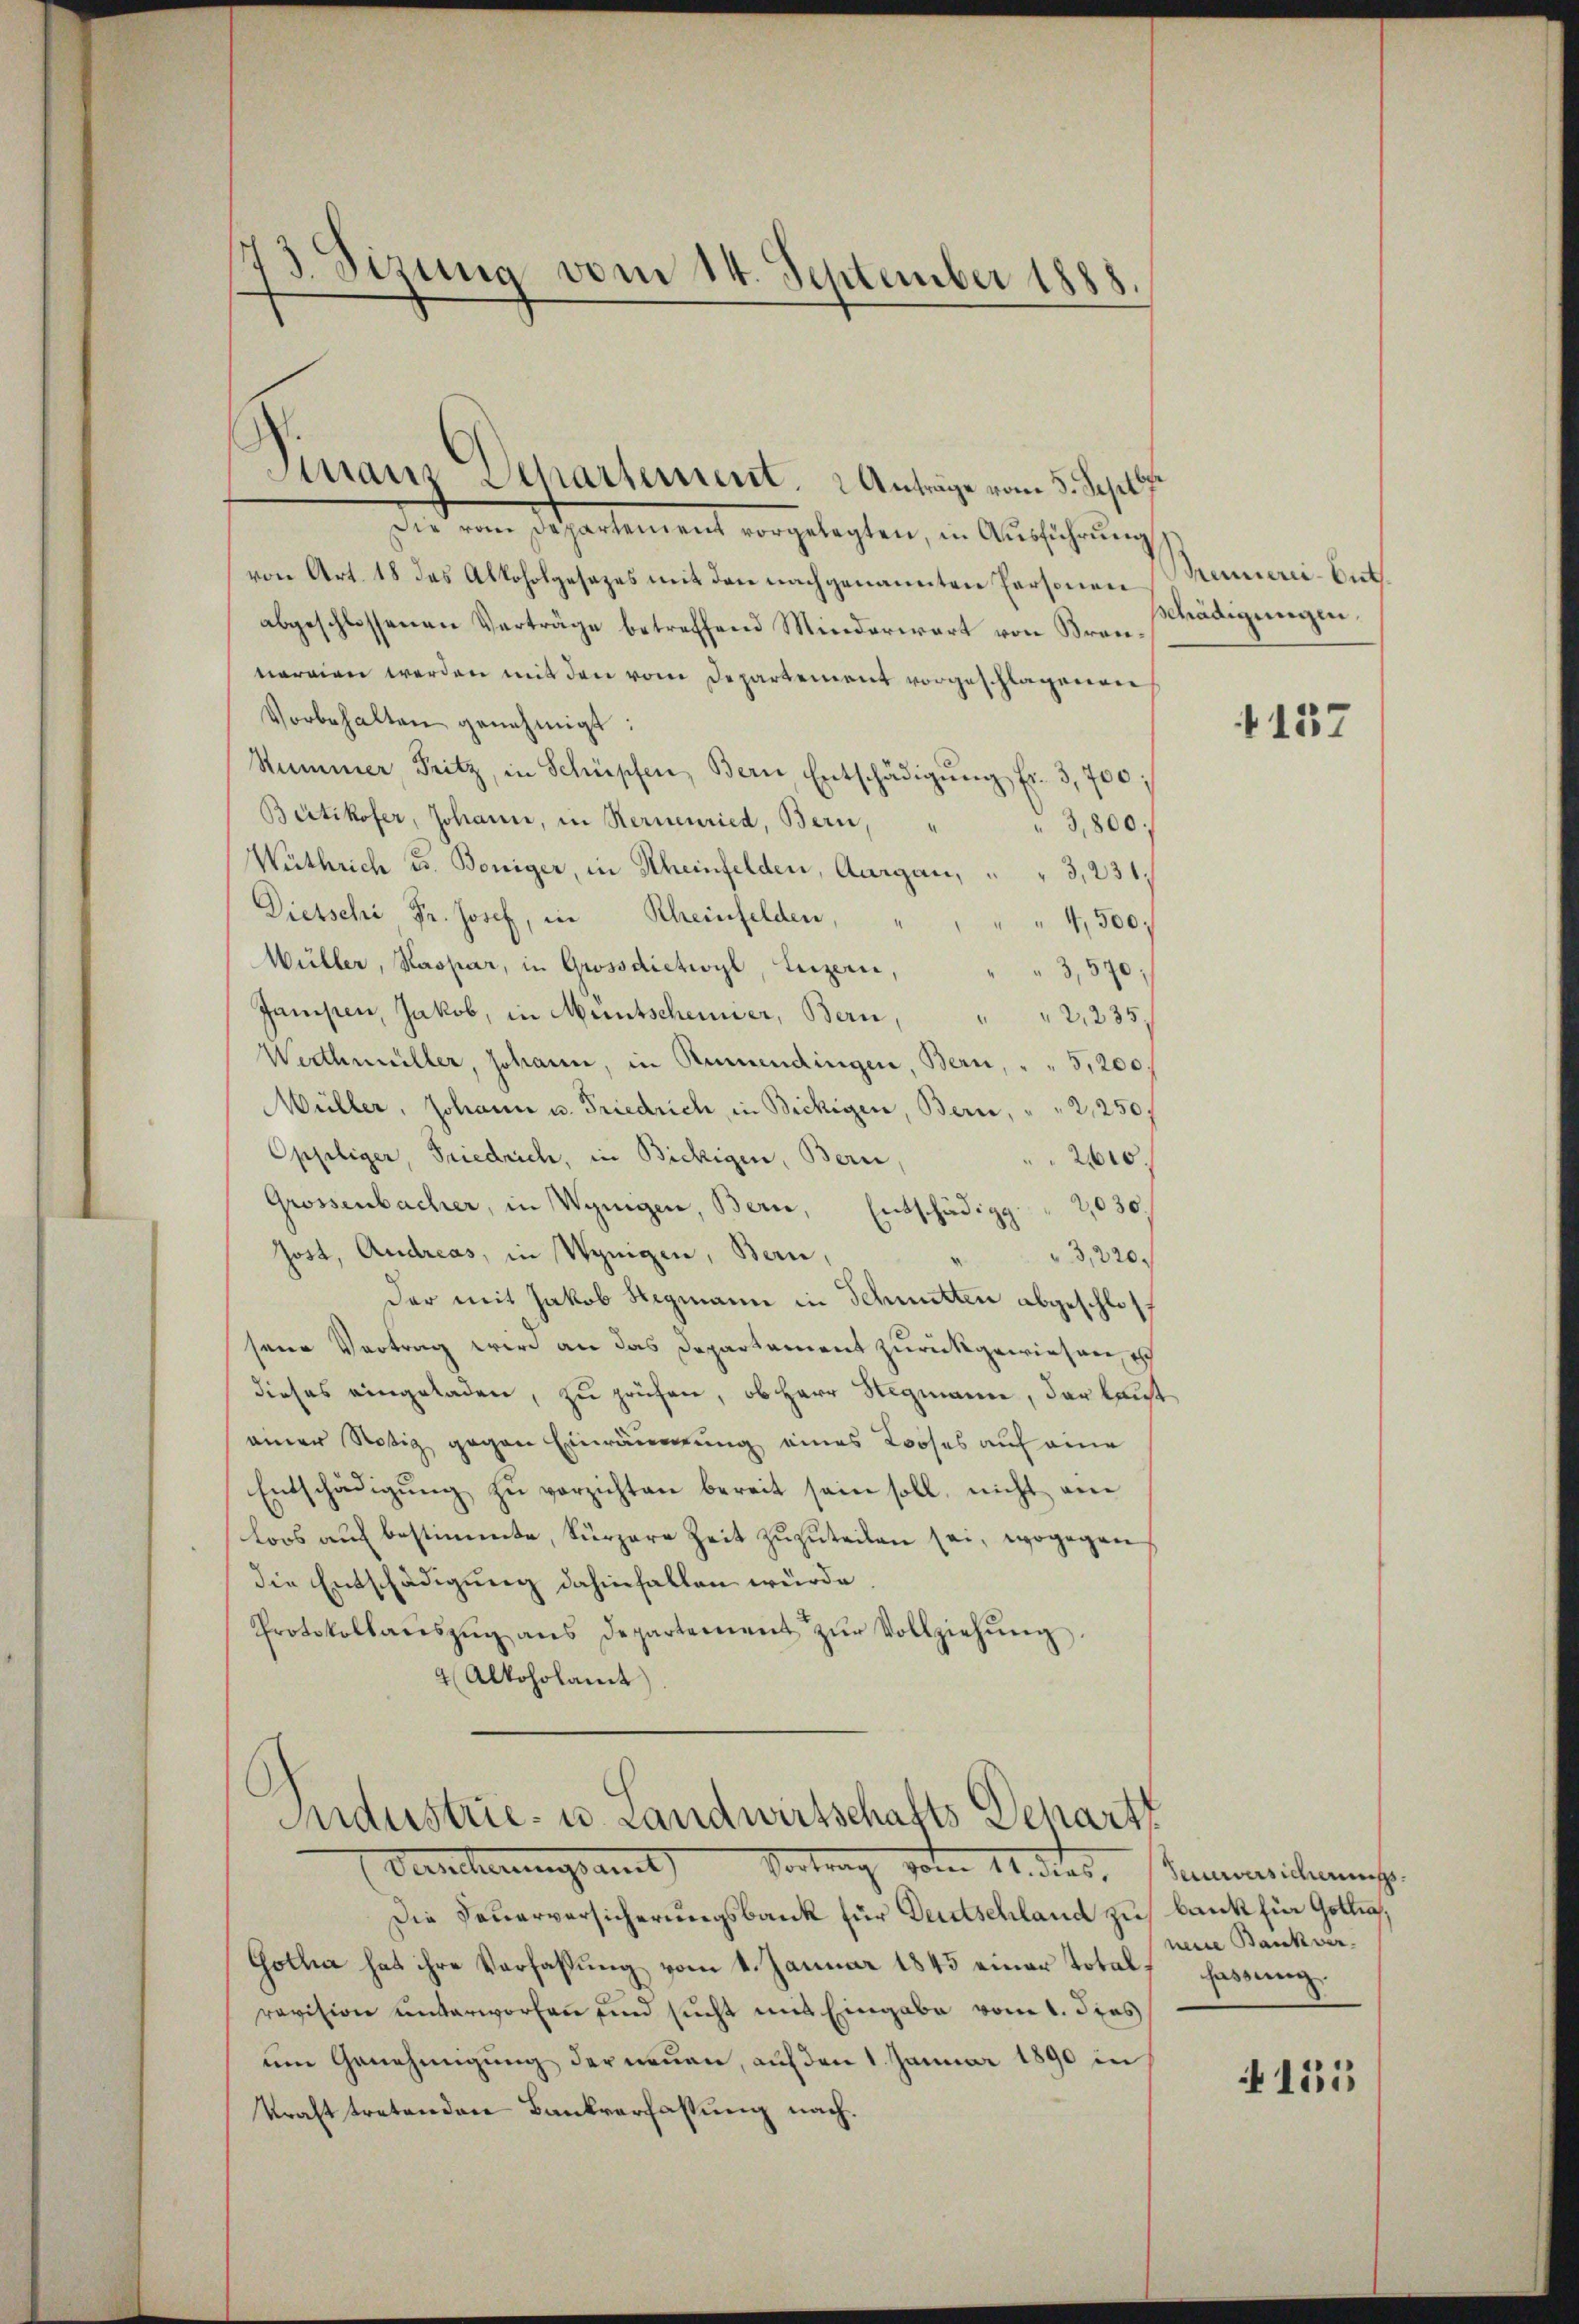
73. Sizung vom 14. September 1888

Finanz Separtement. 2 Anträge vom 5. Septb

Die vom Departement vorgelegten, in Ausführung
von Art. 18 das Alkoholgesezes mit den nachgenannten Personen
abgeschlossenen Verträge betreffend Minderwart von Brannarrien werden mit den vom Departement vorgeschlagenen
Vorbehalten genehmigt:
Summer, Fritz, in Schüpfen, Bern, Entschädigŭng fr. 3,700
Bütikofer, Johann, in Kerneuried, Bern,
3,800;
.
Wirthrich u. Böniger, in Scheinfelden, Aargau, " " 3, 231,
Dietschi Fr. Josef, in Rheinfelden,
" " 4,500.
Müller, Kaspar, in Grossdietwyl, Luzern, " " 3,570;
Jampen, Jakob, in Muntscheinier, Bern,
" " 2,235
Wertheiller, Johann, in Rumendingen, Bern, " " 5,200.
Müller, Johann u. Friedrich, in Bickigen, Bern, " " 2,250 f
Oppliger, Friedrich, in Bickigen, Bern,
2610.
Grossenbacher, in Weigen, Bern, Entschädigg " 2,030.
Jost, Andreas, in Wenigen, Bern,
3,220.
der mit Jakob Sigmann in Schmitten abgeschlossene Vortrag wird an das Departement zurückgewiesen, ich
dieses eingeladen, zu prüfen, ob Herr Stegmann, der laut
einer Notiz gegen Einräumung eines Looses auf eine
Entschädigŭng zŭ verzichten bereit sein soll, nicht ane
loos auf bestimmte, kürzere Zeit zuzuteilen sei, wogegen
die Entschädigung dahinfallen würde.
Protokollaŭszŭg ans Departement zŭr Vollziehŭng
4 Alkoholamt

Industrie- u. Landwirtschafts Depart
Deucherungsamt Vortrag vom 11. dies,

Die Feuerversicherungsbank für Deutschland zu bank für Göttin,
Gotha hat ihre Verfassung vom 4. Januar 1845 einer Total Fassung,
revision unterworfen und sucht mit Eingabe vom 1. Das
um Genehmigung der neuen, auf den 1. Januar 1890 in
kraft tretenden Bankverfassung nach¬

Trennerei-Eut.
schädigungen.

4137

Feuerversicherung.
neue Bankver

4155